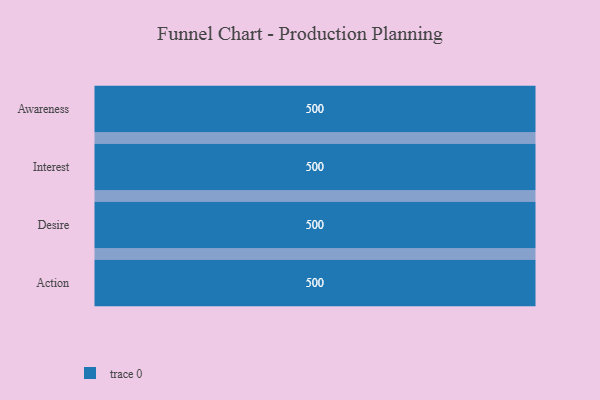
{"axis": {"x": "Stage", "y": "Value"}, "legend": [""], "data": [{"x": "Awareness", "y": 500, "type": ""}, {"x": "Interest", "y": 500, "type": ""}, {"x": "Desire", "y": 500, "type": ""}, {"x": "Action", "y": 500, "type": ""}]}